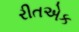
રીતએક